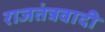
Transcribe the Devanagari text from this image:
राजतंत्रवादी